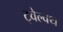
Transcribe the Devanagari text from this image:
ट्वेल्वथ